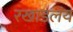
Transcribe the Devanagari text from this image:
रखाडलंय